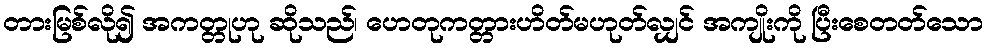
တားမြစ်လို၍ အကတ္တုဟု ဆိုသည်၊ ဟေတုကတ္တားဟိတ်မဟုတ်လျှင် အကျိုးကို ပြီးစေတတ်သော